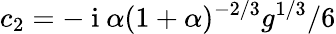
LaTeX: c_{2}=-\mathrm{~i~}\alpha(1+\alpha)^{-2/3}g^{1/3}/6